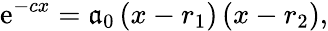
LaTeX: \mathrm{e}^{-cx}=\mathfrak{a}_{0}\left(x-r_{1}\right)\left(x-r_{2}\right),